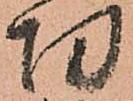
切